Vital statistics of India. Vol. IV, Annual returns from 1871 to 1876. British Army of India, Native Army and jails of Bengal
Year: 1871
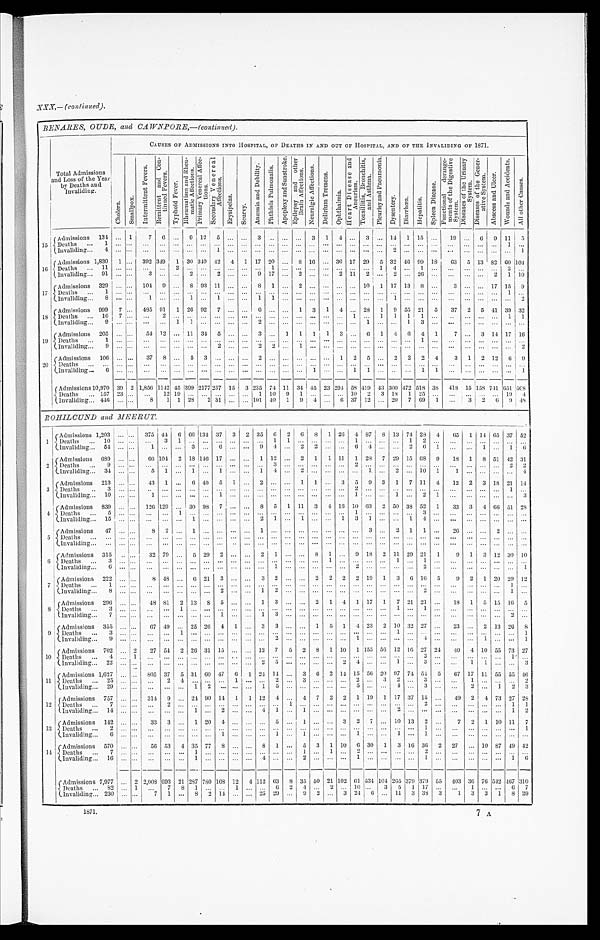
BENARES, OUDE, and CAWNPORE,—(continued).
T o t a l A d m i s s i o n s a n d L o s s o f t h e Y e a r b y D e a t h s a n d I n v a l i d i n g .
CAUSES OF ADMISSIONS INTO HOSPITAL, OF DEATHS IN AND OUT OF HOSPITAL, AND OF THE INVALIDING OF 1871.
C h o l e r a .
S m a l l p o x .
I n t e r m i t t e n t F e v e r s . R e m i t t e n t a n d C o n - t i n u e d F e v e r s .
T y p h o i d F e v e r .
R h e u m a t i s m a n d R h e u - m a t i c A f f e c t i o n s . P r i m a r y V e n e r e a l A f f e c - t i o n s . S e c o n d a r y V e n e r e a l A f f e c t i o n s .
E r y s i p e l a s .
S e u r v y .
A n æ m i a a n d D e b i l i t y . P h t h i s i s P u l m o n a l i s .
A p o p l e x y a n d S u n s t r o k e . E p i l e p s y a n d o t h e r B r a i n A f f e c i o n s . N e u r a l g i c A f f e c t i o n s .
D e l i r i u m T r e m e n s .
O p h t a l m i a .
H e a r t D i s e a s e a n d A n e u r i s . T o n s i l i t i s , B r o n c h i t i s , a n d A s t h m a .
P l e u r i s y a n d P n e m o n i a
D y s e n t e r y . D i a r r h œ a H e p a t i t i s .
S p l e e n D i s e a s e .
F u n c t i o n a l d e r a n g e - m e n t s o f t h e D i g e s t i v e S y s t e m .
D i s e a s e s o f t h e U r i n a r y S y s t e m .
D i s e a s e s o f t h e G e n e r - a t i v e S y s t e m .
A b s c e s s a n d U l c e r .
W o u n d s a n d A c c i d e n t s .
A l l o t h e r C a u s e s .
1 5
A d m i s s i o n s 1 3 4
. . . 1
7 6 . . .
9 1 2
5 . . . . . .
3 . . . . . . . . .
3 1 4 . . .
3 . . .
1 4
1 1 5 . . .
1 9 . . . 6 9 1 1 5
De a t h s 1
. . . . . .
. . .
. . . . . . . . . . . . . . . . . . . . . . . . . . . . . .
. . . . . . . . . . . . . . . . . .
. . . . . . . . . . . .
. . . . . .
. . .
. . . . . . 1
. . .
I nval i di ng 4
. . . . . . . . .
. . . . . . . . . . . . 1 . . . . . . . . . . . . . . . . . . . . .
. . . . . .
. . . . . . . . .
2 . . . . . . . . .
. . . . . .
. . . . . . . . . 1
1 6
A d m i s s i o n s 1 , 8 3 0
1 . . .
3 9 2 3 4 9
1 3 0 3 4 0
4 2
4 1 1 7 2 0 . . .
8 1 6 . . . 3 6 1 7 2 9
5 3 2 4 6 9 9 1 8
6 3
5 1 3 8 2 6 0 1 0 4
De a t hs 11
. . . . . .
. . .
. . .
2 . . . . . .
. . . . . . . . . . . .
1 . . . . . . . . . . . . . . . . . . . . . 1 4 . . . 1 . . . . . .
. . . . . . . . . 2
. . .
I n v a l i d i n g 9 1
. . . . . .
3 . . . . . .
2 . . .
2 . . . . . . 9 1 7
. . .
2 . . . . . .
2 1 1
2 . . .
2 . . . 2 6 . . .
. . .
. . . . . .
2 1 1 0
1 7
A d m i s s i o n s 3 2 9
. . . . . .
1 0 4
9 . . .
8 9 3 1 1 . . . . . .
8 1 . . .
2 . . .
. . . . . . . . .
1 0
1 1 7 1 3
8 . . . 3
. . . . . . 1 7 1 5 9
Deat hs 1
. . . . . . . . .
. . . . . . . . . . . . . . . . . . . . . . . . . . . . . . . . .
. . . . . .
. . . . . . . . . . . . . . . . . . . . .
. . .
. . . . . . . . . . . . 1
. . .
I n v a l i d i n g 8
. . . . . . 1
. . . . . . 1 . . . 1 . . . . . . 1 1 . . . . . . . . .
. . . . . . . . . . . . . . . 1 . . . . . . . . . . . .
. . . . . . . . . . . . 2
1 8
A d m i s s i o n s 9 9 9
7 . . .
4 8 5
9 1
1 2 6 9 2 7 . . .
. . .
6 . . . . . .
1 3 1 4 . . .
2 8
1 9 5 5 2 1 5 3 7
2 5 4 1 3 9 3 2
Deat hs 16
7 . . . . . .
2 . . . . . . . . . . . . . . . . . . . . .
. . . . . . . . . . . .
. . . . . .
1 . . .
1 1 1 1
. . .
. . .
. . . . . . . . . 1 1
I n v a l i d i n g 9
. . . . . .
. . .
. . . 1 1 . . . . . . . . . . . . 2 . . . . . . . . . . . .
. . . . . . . . .
1 . . . . . .
1 3 . . .
. . . . . . . . . . . .
. . . . . .
1 9
A d m i s s i o n s 2 0 5
. . . . . .
5 4 1 2 . . . 1 1 3 4
5 . . . . . .
3 . . .
1 1 1 1 3 . . .
6 1 4 6 4 1
7 . . .
3 1 4 1 7 1 6
D e a t h s 1
. . . . . . . . .
. . . . . . . . . . . . . . . . . . . . . . . . . . . . . . . . . . . .
. . . . . . . . . . . . . . . . . . . . . 1 . . . . . .
. . . . . . . . .
. . . . . .
I n v a l i d i n g 9
. . . . . .
. . . . . . . . . . . . . . .
2 . . . . . .
2 2 . . . 1 . . .
. . . . . . . . . . . . . . . . . . . . . . . . . . . . . . .
. . . . . . . . . . . . 2
2 0
A d m i s s i o n s 1 0 6
. . . . . .
3 7
8 . . .
5 3 . . . . . . . . .
2 . . . . . . . . . . . . . . .
1 2 5 . . .
2 2 2 4
3 1 2 1 2
6
9
D e a t h s . . .
. . . . . . . . .
. . . . . . . . . . . . . . . . . . . . . . . . . . . . . . . . . . . .
. . . . . . . . . . . . . . . . . . . . . . . . . . . . . .
. . . . . . . . . . . . . . .
I nval i di ng 6
. . . . . . . . .
. . . . . . . . . . . . . . . . . . . . . . . . . . . . . . . . . 1
. . . . . . 1 1 . . . . . . . . . 1 1 . . .
. . .
. . . . . . . . .
1
A d m i s s i o n s 1 0 , 9 7 0
3 0 2 1 , 8 5 6
1 1 4 2
4 5 3 9 9 2 1 7 7 2 3 7
1 5
3 2 3 5
7 4 1 1 3 4 4 5 2 3 2 9 4
5 8 4 1 9
4 3 3 0 0
4 7 2 5 1 8
3 8
4 1 8
1 5 1 5 8 7 4 1 6 5 1 5 0 8
D e a t h s 1 5 7
2 3 . . .
. . .
1 2 1 9 . . . . . . . . . . . . . . .
1 1 0
9 1 . . .
. . . . . .
1 0
2 3 1 8
1 2 5 . . . . . .
. . . . . . . . . 1 9 4
I n v a l i d i n g 4 4 6
. . . . . .
8
1 1 2 8 2 3 1
. . . . . . 1 0 1
4 0
1 9 4
. . . 6 3 7 1 2
. . . 2 0 7 6 9
1
. . .
3 2 6 9 4 8
ROHILCUND and MEERUT.
1
A d m i s s i o n s 1 , 2 0 3
. . . . . .
3 7 5
4 4
6 6 6 1 3 4
3 7
3 2 3 5
6 2 6 8 1 2 6
4 8 7
8 1 3
7 4 2 8
4
6 5
1 1 4 6 5 3 7 5 2
De a t hs 10
. . . . . .
. . .
3 1 . . . . . . . . . . . . . . . . . . 1 1 . . . . . .
. . . . . . 1 . . . . . . . . . 1 2 . . . . . .
. . . . . .
. . . . . . . . .
I n v a l i d i n g 5 4
. . . . . .
1 . . . . . .
3 . . .
6 . . . . . .
9 4 . . .
2 2 . . . . . . 6 4
. . . . . .
2 6 1 . . .
. . . 1 . . .
1 6
2
A d m i s s i o n s 6 8 9
. . . . . .
6 6 1 0 4
2 1 8 1 4 6
1 7 . . . . . .
1 1 2 . . .
2 1 1 1 1
1 2 8
7 2 9 1 5 6 8
9
1 8
1 8 5 1 4 2 3 1
Deat hs 9
. . . . . . . . .
. . . . . . . . . . . . . . . . . . . . . . . . 3 . . . . . . . . .
. . . . . . 2 . . . . . . . . . . . . . . . . . . . . .
. . . . . . . . . 2
2
I n v a l i d i n g 3 4
. . . . . . 5
1 . . . 1 . . . 1 . . . . . . 1 4 . . . 2 . . .
. . . . . . . . . 1 . . . 2 . . . 1 0 1 1
. . . . . . . . .
. . . 4
3
A d m i s s i o n s 2 1 3
. . . . . .
4 3
1 . . .
6 4 0
5 1 . . .
2 . . . . . .
1 1 . . .
3 5 9 3 1 7 1 1
4
1 2
2 3 1 8 2 1
1 4
Deat hs 3
. . . . . . . . .
. . . . . . . . . . . . . . . . . . . . . . . . . . . . . . . . . . . .
. . . . . . 2 . . . . . . . . . . . . . . . . . . . . .
. . .
. . . . . . 1 . . .
I n v a l i d i n g 1 0
. . . . . . 1
. . . . . . . . . . . . 1 . . . . . . . . . . . . . . . . . . . . .
. . . . . . 1 . . . . . . 1 . . . 2 1 . . .
. . . . . . . . . . . . 3
4
A d m i s s i o n s 8 3 9
. . . . . .
1 2 6 1 2 9
. . . 3 0 9 8
7 . . . . . .
8 5 1 1 1
3 4 1 6 1 0 6 3
2 5 0 3 8 5 2 1 3 3
3 4 6 6 5 1 2 8
Deat hs 5
. . . . . . . . .
. . . 1 . . . . . . . . . . . . . . . . . . . . . . . . . . . . . .
. . . . . . 1 . . . . . . . . .
. . . 3
. . .
. . .
. . . . . . . . . . . . . . .
I nval i di ng 15
. . . . . . . . .
. . . . . . 1 . . . . . . . . . . . . 2 1 . . . 1 . . .
. . . 1 3 1 . . . . . . 1 4 . . . . . .
. . . . . . . . . . . . . . .
5
A d m i s s i o n s 4 7
. . . . . . 8
2 . . . 1 . . . . . . . . . . . . 1 . . . . . . . . . . . .
. . . . . . . . . 3 . . . 2 1 1 . . . 2 6
. . . . . . 2 . . . . . .
D e a t h s . . .
. . . . . . . . .
. . . . . . . . . . . . . . . . . . . . . . . . . . . . . . . . . . . .
. . . . . . . . . . . . . . . . . . . . . . . . . . . . . .
. . . . . . . . . . . . . . .
I nval i di ng . . .
. . . . . . . . .
. . . . . . . . . . . . . . . . . . . . . . . . . . . . . . . . . . . .
. . . . . . . . . . . . . . . . . . . . . . . . . . . . . .
. . . . . . . . . . . . . . .
6
A d m i s s i o n s 3 1 5
. . . . . .
3 2 7 9 . . .
5 2 9
2 . . . . . .
2 1 . . . . . .
8 1 . . .
9 1 8
2 1 1 2 9 2 1
1 9
1 3 1 2 3 0 1 0
Deat hs 3
. . . . . . . . .
. . . . . . . . . . . . . . . . . . . . . . . . . . . . . . . . . . . .
1
. . . . . . . . . . . . 1 . . . 1 . . .
. . . . . . . . . . . . . . . . . .
I n v a l i d i n g 6 . . . . . .
. . .
. . . . . . . . . . . . . . . . . . . . . . . . 1 . . . . . . . . .
. . . . . . 2 . . . . . . . . . . . . 2 . . . . . .
. . . . . . . . . . . .
1
7
A d m i s s i o n 2 2 2
. . . . . .
8 4 8 . . .
6 2 1
3 . . . . . .
3 2 . . . . . .
2 2 2 2 1 9
1 3 6 1 6
5
9 2 1 2 0 2 9 1 2
Deat hs 1
. . . . . . . . .
. . . . . . . . . . . . . . . . . . . . . . . . . . . . . . . . . . . .
. . . . . . . . . . . . . . . . . . . . . . . . . . . . . .
. . .
. . . . . . 1 . . .
I nval i di ng 8
. . . . . . . . .
. . . . . . . . . . . . 2 . . . . . . 1 2 . . . . . . . . .
. . . . . . . . . . . . . . . . . . . . . 2 . . . . . .
. . . . . . . . . 1 . . .
8
A d m i s s i o n s 2 9 6
. . . . . .
4 8 8 1
2 1 3 8
5 . . . . . .
1 3 . . . . . .
2 1 4 1 1 7
1 7 2 1 2 1 . . .
1 8
1 5 1 5 1 6 5
Deat hs 3
. . . . . . . . .
. . .
1 . . . . . . . . . . . . . . . . . . . . . . . . . . . . . .
. . . . . . . . . . . . . . . 1 . . . 1
. . . . . .
. . .
. . . . . . . . . . . .
I n v a l i d i n g 7
. . . . . .
. . .
. . . . . . . . . . . .
1 . . . . . .
1 3 . . . . . . . . . . . . . . . . . . . . . . . . . . . . . . . . . . . .
. . .
. . . . . . . . .
2 . . .
9
A d m i s s i o n s 3 5 5
. . . . . .
6 7 4 9 . . . 2 5
2 6
4 1 . . .
3 3 . . . . . .
1 5 1 4 2 3
2 1 0 3 2 2 7 . . .
2 3 . . .
2 1 3 2 6 8
Deat hs 3
. . . . . .
. . .
. . .
1 . . . . . .
. . . . . . . . . . . . . . . . . . . . . . . . . . . . . . . . . . . . . . . 1 . . . . . .
. . . . . .
. . . . . .
. . . . . .
1
I nval i di ng 9
. . . . . . . . .
. . . . . . . . . . . . . . . . . . . . . . . . 2 . . . . . . . . .
. . . . . . 1 . . . . . . . . . . . . 4 . . . . . .
. . . 1 . . . . . . 1
1 0
A d m i s s i o n s 7 0 2
. . .
2
2 7 5 4
2 2 6 3 1 1 5 . . . . . . 1 2
7 5 2 8 1 1 0
1 1 5 5
5 6 1 2 1 6 2 7 2 4 4 0
4 1 0 5 5 7 3 2 7
Deat hs 4
. . . 1 . . .
. . . . . . . . . . . . . . . . . . . . . . . . . . . . . . . . . . . .
. . . . . . . . . . . . . . . . . . . . .
2 . . .
. . .
. . . . . . . . . 1 . . .
I n v a l i d i n g 2 2
. . . . . .
. . .
. . . . . . . . . . . . . . . . . . . . . 2 5 . . . . . . . . .
. . . 2 4 . . . . . . 1 . . . 3 . . . . . .
1 1 . . . . . . 3
1 1
A d m i s s i o n s 1 , 6 2 7
. . . . . .
8 0 5
3 7
5 3 1 6 0
4 7
6 1 2 4 1 4 . . .
3 6 2 1 4 1 5 5 6
2 0 9 7 7 4 5 4
5
6 7 1 7 1 1 5 5 5 5 4 6
D e a t h s 2 5
. . . . . . . . .
2 4 . . . . . . . . . 1 . . . . . . 2 . . . 3 . . .
. . . . . . 2 . . . 3 2 . . . 3 . . . . . .
1 . . . . . . . . . 2
I n v a l i d i n g 2 9
. . . . . .
. . .
. . . . . .
1 2 . . . . . . . . .
1 5 . . . . . . . . . . . . . . .
5 . . . . . .
4 . . .
3 . . .
. . . 2 . . .
1 2 3
1 2
A d m i s s i o n s 7 5 7
. . . . . .
3 1 4
9 . . . 2 4 9 0
1 4
1 1 1 2
4 . . .
4 7 2 2 1 1 9
1 1 7 3 7 1 5 . . .
4 9
2 4 7 3 2 7 2 8
D e a t h s 7
. . . . . . . . .
2 . . . . . .
. . . . . .
. . . . . . . . .
. . .
1 . . . . . .
. . . . . . . . . . . . . . . . . . . . . 2 . . . . . .
. . . . . . . . .
1 1
I n v a l i d i n g 1 4
. . . . . .
. . .
. . . . . . 1 . . . 2 . . . . . . 4 1 . . . 1 . . .
. . . . . . . . . . . . . . . 2 . . . . . . . . . . . .
. . . . . . . . . 1 2
1 3
A d m i s s i o n s 1 4 2
. . . . . .
3 3
3 . . .
1 2 0
4 . . . . . . . . .
5 . . .
1 . . . . . .
3 2 7 . . . 1 0 1 3
2 . . .
7 2 1 1 0 1 1
7
D e a t h s 2
. . . . . . . . .
. . . . . . . . . . . . . . . . . . . . . . . . . . . . . . . . . . . .
. . . . . . . . . . . . . . . . . . . . . 1 . . . . . .
. . . . . . . . . . . . 1
I nval i di ng 6
. . . . . . . . .
. . . . . . . . . . . . . . . . . . . . . . . . 1 . . . 1 . . .
. . . . . . 1 . . . . . . 1 . . . 1 . . . . . .
. . . . . . . . . . . . . . .
1 4
A d m i s s i o n s 5 7 0 . . . . . .
5 6 5 3
4 3 5 7 7
8 . . . . . .
8 1 . . .
5 3 1 1 0
6 3 0
1 3 1 6 3 6
2 2 7
. . . 1 0 8 7 4 9 4 2
D e a t h s 7
. . . . . .
. . .
. . . . . .
1 . . . . . . . . . . . . . . . . . . . . . 1 . . .
1 . . . 2 . . . . . . . . . . . . 2 . . . . . .
. . . . . . . . . . . . . . .
I nval i dng 16
. . . . . . . . .
. . . . . .
1 . . . . . . . . . . . . 4 . . . . . . 2 . . .
. . . . . . 1 . . . . . . . . . . . . 1 . . . . . .
. . . . . . . . . 1 6
A d m i s s i o n s 7 , 9 7 7
. . . 2 2 , 0 0 8
6 9 3
2 1 2 8 7 7 8 0 1 6 8
1 2
4 1 1 2
6 3
8 3 5 5 0 2 1 1 0 2
6 1 5 3 4 1 0 4 2 6 5 3 7 9 3 7 9
5 5
4 0 3
3 6 7 6 5 4 2 4 6 7 3 1 0
De a t h s 8 2
. . . 1 . . .
7 8 1 . . . . . .
1 . . . . . .
6 2 4 . . . 2 . . .
1 0 . . .
3 5 1 1 7 . . . . . .
1 . . . . . .
6 7
I n v a l i d i n g 2 3 0
. . . . . .
7 1 . . .
8 2 1 4 . . .
. . . 2 5 2 9 . . .
9 2 . . .
3 2 4
6 . . . 1 1
3
3 8
3
1
3 3 1
8
2 9